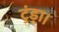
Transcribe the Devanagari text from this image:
टुंड्रा।